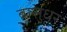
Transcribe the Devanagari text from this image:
बासुधर